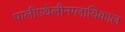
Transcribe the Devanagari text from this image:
पालीएथेलीनग्लायिकाल